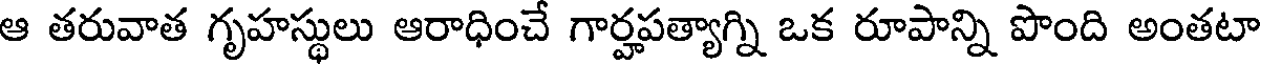
ఆ తరువాత గృహస్థులు ఆరాధించే గార్హపత్యాగ్ని ఒక రూపాన్ని పొంది అంతటా